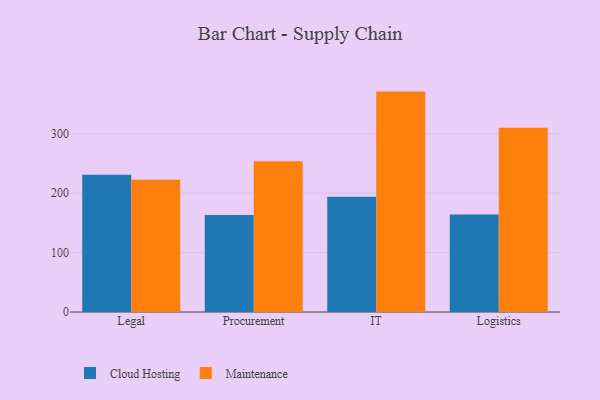
{"axis": {"x": "Department", "y": "Waste Production (Tons)"}, "legend": ["Cloud Hosting", "Maintenance"], "data": [{"x": "Legal", "y": 231.1, "type": "Cloud Hosting"}, {"x": "Legal", "y": 222.4, "type": "Maintenance"}, {"x": "Procurement", "y": 163.4, "type": "Cloud Hosting"}, {"x": "Procurement", "y": 253.6, "type": "Maintenance"}, {"x": "IT", "y": 193.9, "type": "Cloud Hosting"}, {"x": "IT", "y": 370.9, "type": "Maintenance"}, {"x": "Logistics", "y": 164.2, "type": "Cloud Hosting"}, {"x": "Logistics", "y": 310.1, "type": "Maintenance"}]}